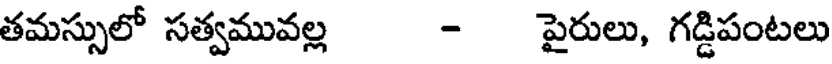
తమస్సులో సత్వమువల్ల - పైరులు, గడ్డిపంటలు